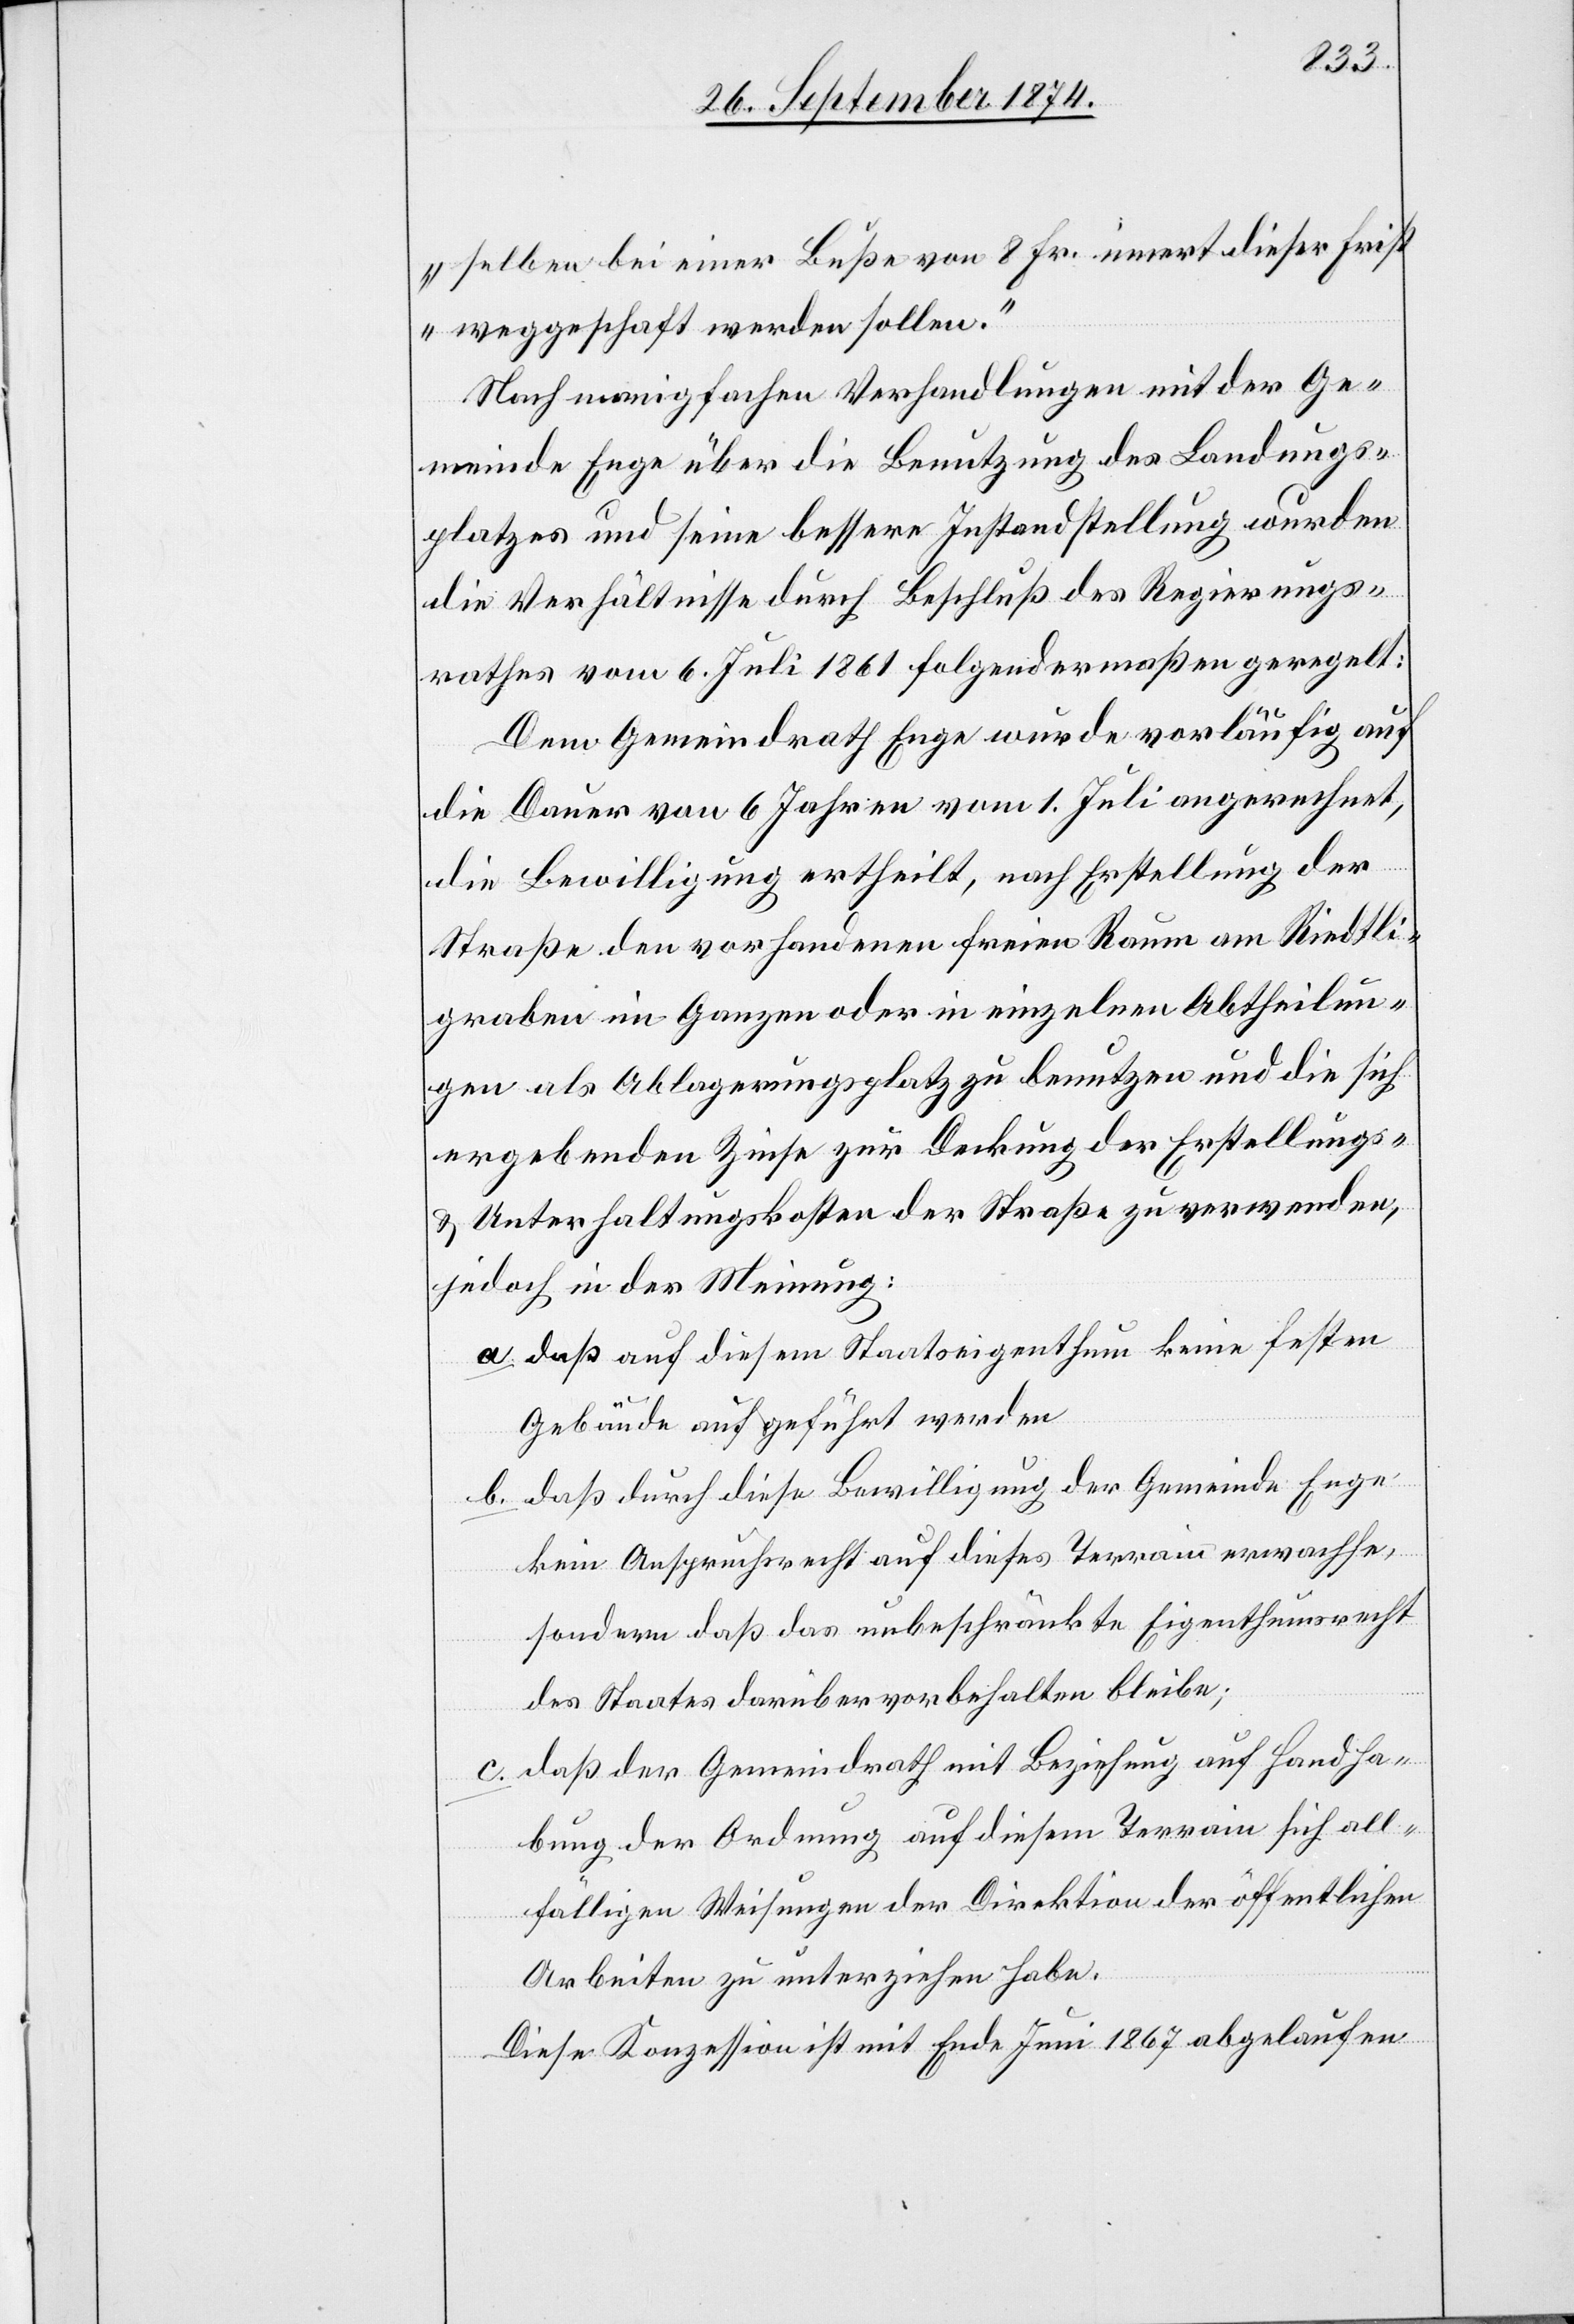
selben bei einer Buße von 8 Fr. innert dieser Frist
weggeschaf[f]t werden sollen.“
Nach manigfachen Verhandlungen mit der Ge¬
meinde Enge über die Benutzung des Landungs¬
platzes und seine bessere Instandstellung wurden
die Verhältnisse durch Beschluß des Regierungs¬
rathes vom 6. Juli 1861 folgendermaßen geregelt:
Dem Gemeindrath Enge wurde vorläufig auf
die Dauer von 6 Jahren vom 1. Juli angerechnet,
die Bewilligung ertheilt, nach Erstellung der
Straße den vorhandenen freien Raum am Riedtli¬
graben im Ganzen oder in einzelnen Abtheilun¬
gen als Ablagerungsplatz zu benutzen und die sich
ergebenden Zinse zur Deckung der Erstellungs-
& Unterhaltungskosten der Straße zu verwenden,
jedoch in der Meinung:
a. daß auf diesem Staatseigenthum keine festen
Gebäude aufgeführt werden.
b. daß durch diese Bewilligung der Gemeinde Enge
kein Anspruchsrecht auf dieses Terrain erwachse,
sondern daß das unbeschränkte Eigenthumsrecht
des Staates darüber vorbehalten bleibe;
c. daß der Gemeindrath mit Beziehung auf Handha¬
bung der Ordnung auf diesem Terrain sich all¬
fälligen Weisungen der Direktion der öffentlichen
Arbeiten zu unterziehen habe.
Diese Konzession ist mit Ende Juni 1867 abgelaufen